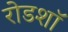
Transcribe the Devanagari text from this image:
रोडशाॅ